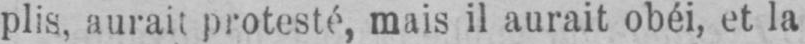
plis, aurait protesté, mais il aurait obéi, et la